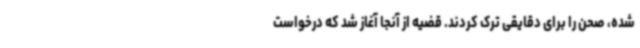
شده، صحن را برای دقایقی ترک کردند. قضیه از آنجا آغاز شد که درخواست